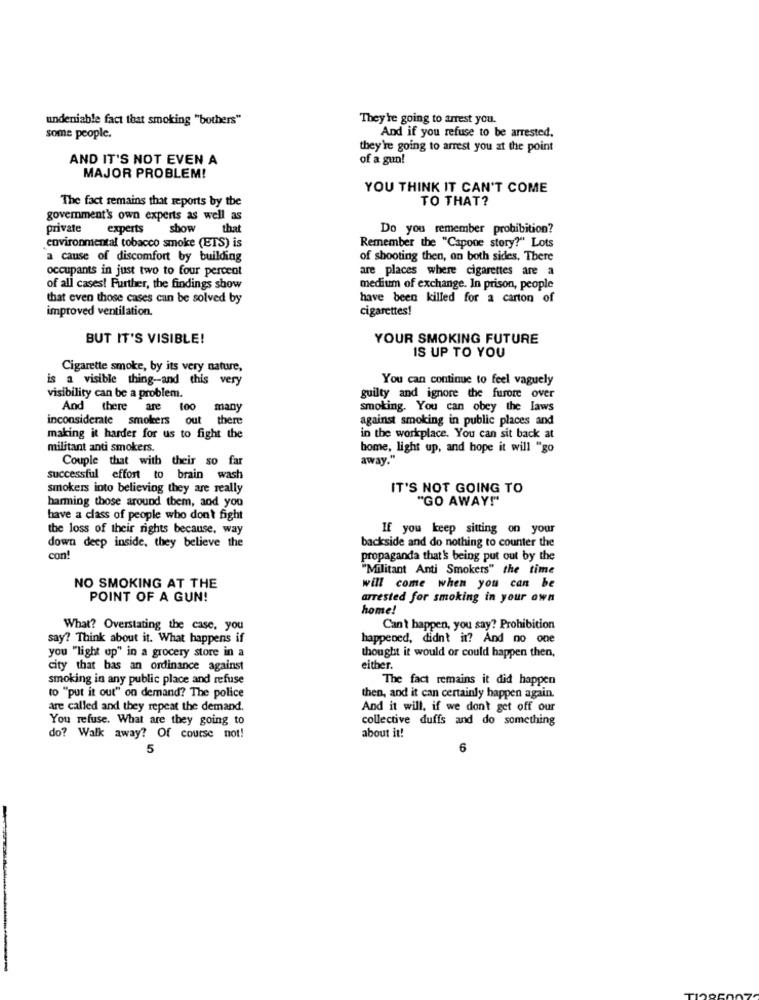
undeniable fact that smoking "bothers"
They're going to arrest you.
some people.
And if you refuse to be arrested.
they're going to arrest you at the point
AND IT'S NOT EVEN A
of a gun!
MAJOR PROBLEM!
YOU THINK IT CAN'T COME
The fact remains that reports by the
TO THAT?
government's own experts as well as
private
experts
show
that
Do you remember prohibition?
environmental tobacco smoke (ETS) is
Remember the "Capone story?" Lots
a cause of discomfort by building
of shooting then, on both sides. There
occupants in just two to four percent
are places where cigarettes are a
of all cases! Further, the findings show
medium of exchange. In prison, people
that even those cases can be solved by
have been killed for a carton of
improved ventilation.
cigarettes!
BUT IT'S VISIBLE!
YOUR SMOKING FUTURE
IS UP TO YOU
Cigarette smoke, by its very nature,
is a visible thing-and this very
You can continue to feel vaguely
visibility can be a problem.
guilty and ignore the furore over
And there are
100
many
smoking. You can obey the laws
inconsiderate smokers out there
against smoking in public places and
making it harder for us to fight the
in the workplace. You can sit back at
militant anti smokers.
home, light up, and hope it will "go
Couple that with their so far
away."
successful effort to brain wash
smokers into believing they are really
IT'S NOT GOING TO
harming those around them, and you
"GO AWAY!"
have a class of people who don't fight
the loss of their rights because, way
If you keep sitting on your
down deep inside, they believe the
backside and do nothing to counter the
con !
propaganda that's being put out by the
"Militant Anti Smokers" the time
NO SMOKING AT THE
will come when you can be
POINT OF A GUN!
arrested for smoking in your own
home!
What? Overstating the case, you
Can't happen, you say? Prohibition
say? Think about it. What happens if
happened, didn't it? And no one
you "light up" in a grocery store in a
thought it would or could happen then,
city that bas an ordinance against
either.
smoking in any public place and refuse
The fact remains it did happen
to "put it out" on demand? The police
then, and it can certainly happen again
are called and they repeat the demand.
And it will, if we don't get off our
You refuse. What are they going to
collective duffs and do something
about it!
do? Walk away? Of course not!
5
6